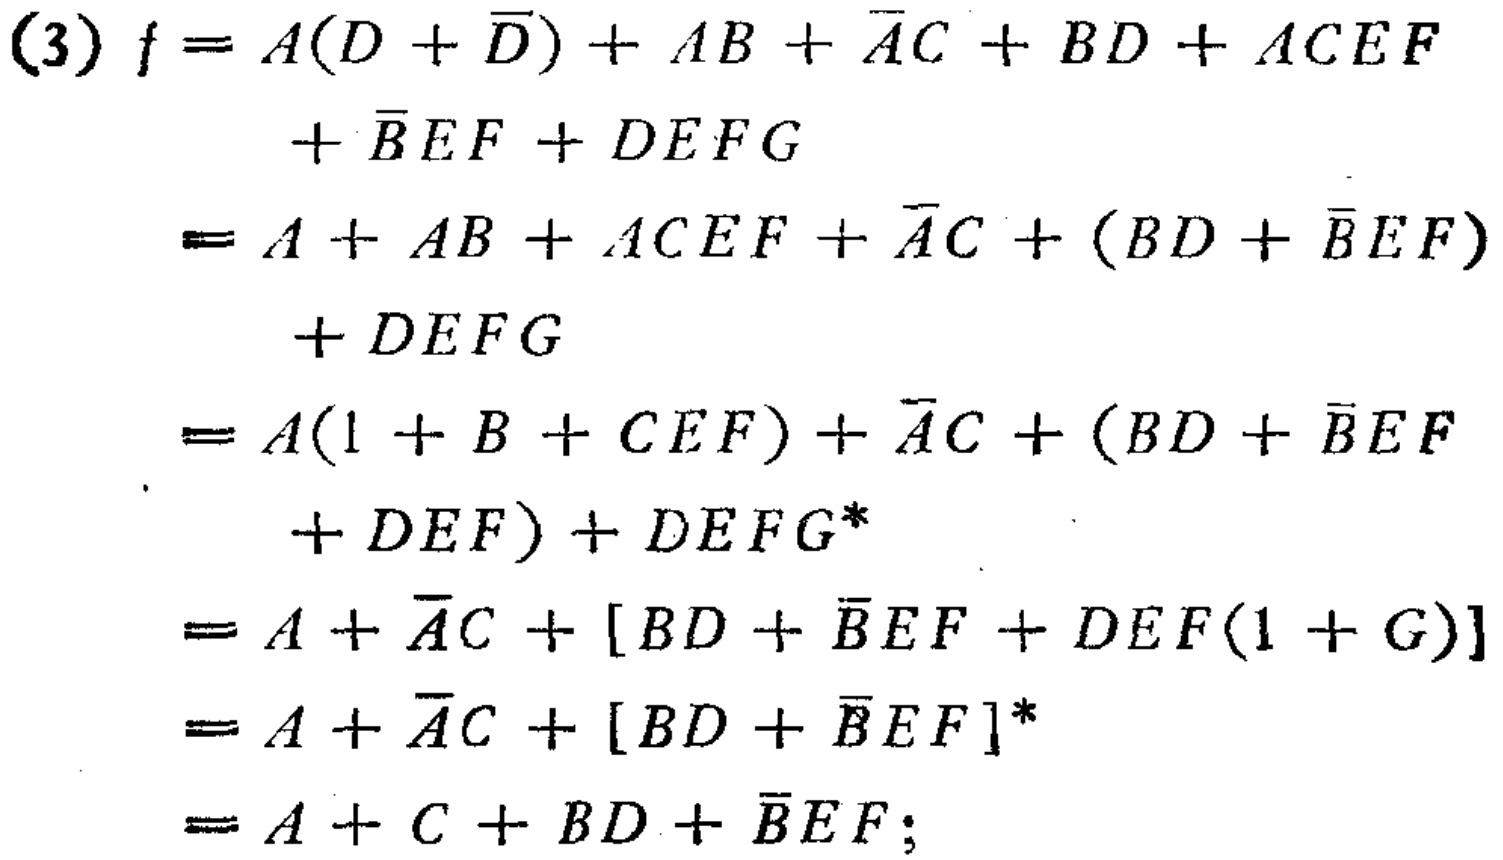
\begin{align*}

(3) f&=A(D + \overline{D}) + AB + \overline{A}C + BD + ACEF\\

&+\overline{B}EF + DEFG\\

&=A + AB + ACEF + \overline{A}C + (BD + \overline{B}EF)\\

&+ DEFG\\

&=A(1 + B + CEF) + \overline{A}C + (BD + \overline{B}EF\\

&+ DEF) + DEFG^{*}\\

&=A + \overline{A}C + [BD + \overline{B}EF + DEF(1 + G)]\\

&=A + \overline{A}C + [BD + \overline{B}EF]^{*}\\

&=A + C + BD + \overline{B}EF;

\end{align*}